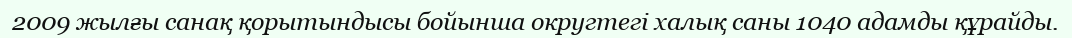
2009 жылғы санақ қорытындысы бойынша округтегі халық саны 1040 адамды құрайды.